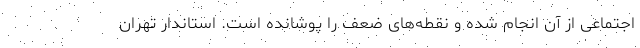
اجتماعی از آن انجام شده و نقطه‌های ضعف را پوشانده است. استاندار تهران